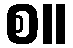
စ။